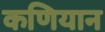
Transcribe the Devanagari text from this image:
कणियान